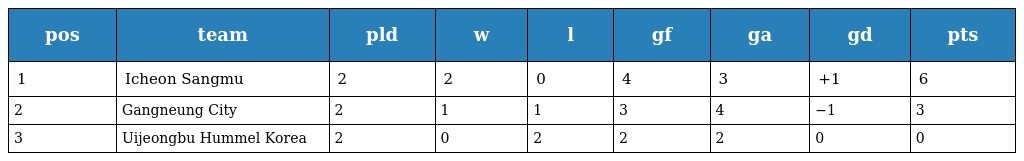
| pos | team | pld | w | l | gf | ga | gd | pts |
 | --- | --- | --- | --- | --- | --- | --- | --- | --- |
 | 1 | Icheon Sangmu | 2 | 2 | 0 | 4 | 3 | +1 | 6 |
 | 2 | Gangneung City | 2 | 1 | 1 | 3 | 4 | −1 | 3 |
 | 3 | Uijeongbu Hummel Korea | 2 | 0 | 2 | 2 | 2 | 0 | 0 |